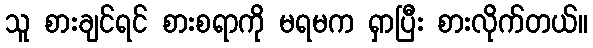
သူ စားချင်ရင် စားစရာကို မရမက ရှာပြီး စားလိုက်တယ်။